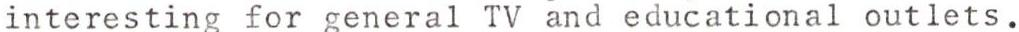
interesting for general TV and educational outlets.